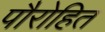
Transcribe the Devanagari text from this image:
पौरोहित